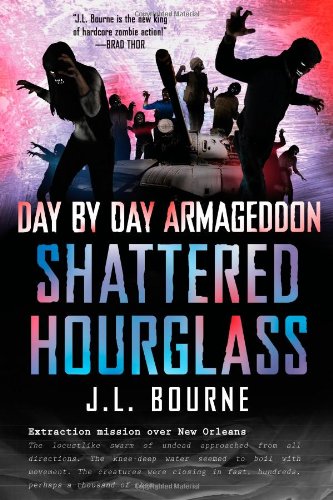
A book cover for Day by Day Armageddon: Shattered Hourglass; J. L. Bourne; Mystery, Thriller & Suspense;